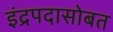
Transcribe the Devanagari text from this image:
इंद्रपदासोबत